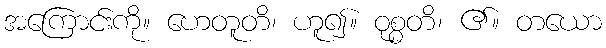
အကြောင်းကို။ ဟေတူတိ၊ ဟူ၍။ ဝုစ္စတိ၊ ၏။ တယော